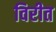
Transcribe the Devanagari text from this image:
विरीत